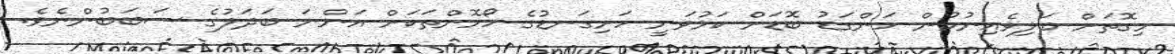
މިގޮތަށް ބަލިވެއިނުމުން ހަންގަޑު ބޮޑަށް ކަޅުވަނީ ހަށިގަނޑުގެ ހޯމޮންތަކަށް އަންނަ ބަދަލުގެ ސަބަބުންނެވެ.